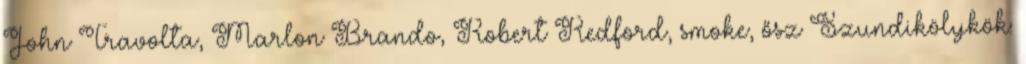
John Travolta, Marlon Brando, Robert Redford, smoke, ősz Szundikölykök: